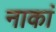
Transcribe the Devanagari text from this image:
नाकां